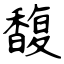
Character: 馥